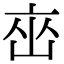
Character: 𬽋